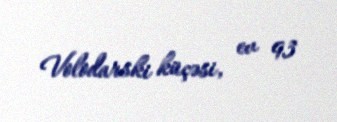
Volodarski küçəsi, ev 93